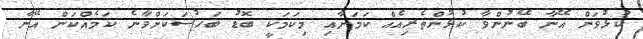
ކުޅުވަން އޭނާ ބޭނުންވާ ކުޅުންތެރިއެއް ކަމަށާއި މިކަމަކީ ބޮޑު ބަހުސަކަށްވާނެ ކަމެއްކަން އޭނާ